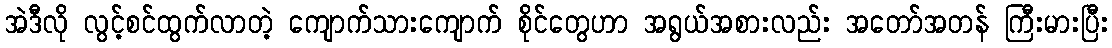
အဲဒီလို လွင့်စင်ထွက်လာတဲ့ ကျောက်သားကျောက် စိုင်တွေဟာ အရွယ်အစားလည်း အတော်အတန် ကြီးမားပြီး